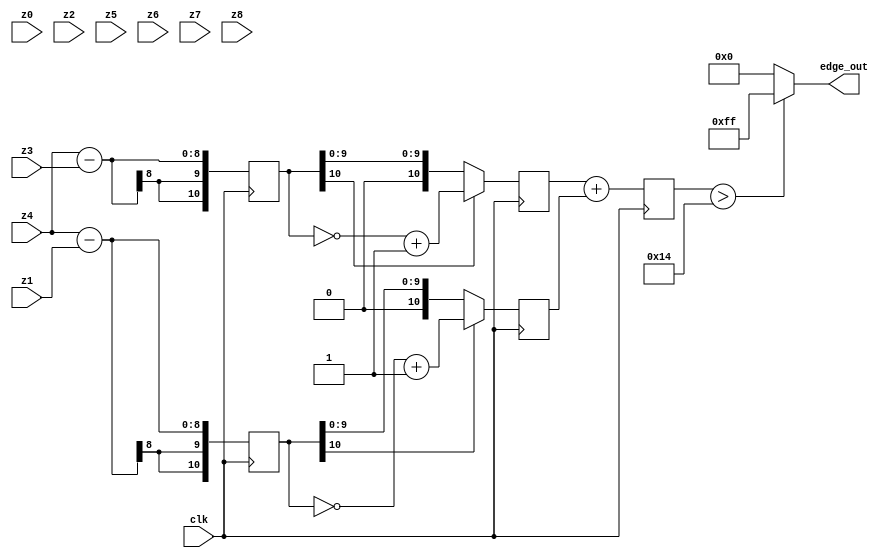
module sobel_detector (clk,z0,z1,z2,z3,z4,z5,z6,z7,z8,edge_out);
   input clk;
   input [7:0] z0,z1,z2,z3,z4,z5,z6,z7,z8;
   output [7:0] edge_out;
 
   reg signed [10:0] Gx;  
   reg signed [10:0] Gy;  
   reg signed [10:0] abs_Gx;
   reg signed [10:0] abs_Gy;
   reg [10:0]          sum;
   
always @ (posedge clk) begin
    //original
    //Gx<=((z2-z0)+((z5-z3)<<1)+(z8-z6)); //masking in x direction
    //Gy<=((z0-z6)+((z1-z7)<<1)+(z2-z8)); //masking in y direction
    // modified
    Gx <= (z4-z3);
    Gy <= (z4-z1);
    
    abs_Gx <= (Gx[10]?~Gx+1'b1:Gx);//if negative, then invert and add  to make pos.
    abs_Gy <= (Gy[10]?~Gy+1'b1:Gy);//if negative, then invert and add  to make pos.
    sum <= abs_Gx+abs_Gy;
end
//Apply Threshold
assign edge_out = (sum > 20) ? 8'hff : 8'h00;

endmodule